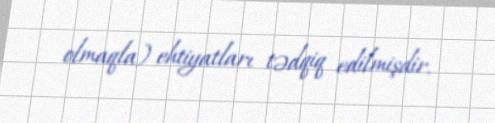
olmaqla) ehtiyatları tədqiq edilmişdir.